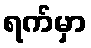
ရက်မှာ